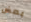
بعض